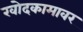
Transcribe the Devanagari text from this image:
खोदकामावर